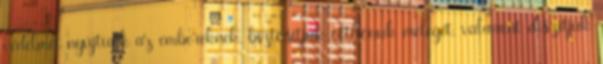
védelmet nyújtunk az embereknek, biztosítjuk otthonuk melegét, valamint díszítjük